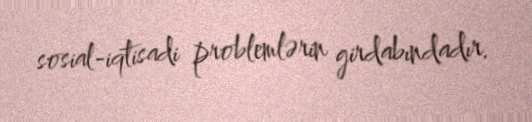
sosial-iqtisadi problemlərin girdabındadır.